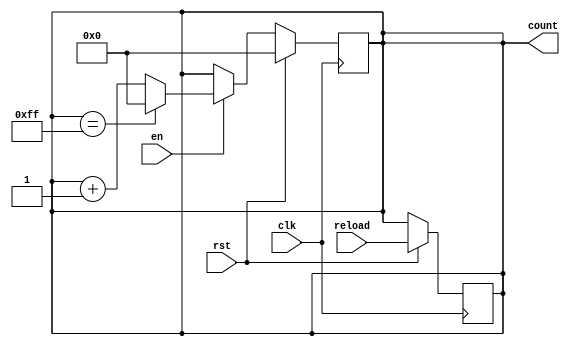
module ModuloNUpCounter (
  input clk,         // Clock input
  input rst,         // Reset input
  input en,          // Enable input
  input [7:0] reload,// Reload value input
  output reg [7:0] count // Counter output
);

parameter N = 256; // Parameter for counter range

always @ (posedge clk) begin
  if (rst) begin
    count <= 8'b0; // Reset count to 0
  end else if (en) begin
    if (count == N-1) begin
      count <= 8'b0; // If count reaches N-1, reset count to 0
    end else begin
      count <= count + 1; // Increment count
    end
  end
end

always @ (posedge clk) begin
  if (rst) begin
    count <= reload; // Reload value into counter
  end
end

endmodule